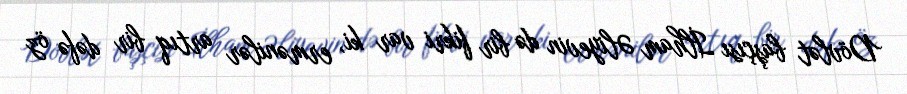
Dövlət başçısı İlham Əliyevin də bir fikri var ki, ermənilər artıq bir dəfə öz